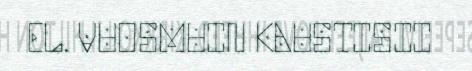
EL. VUOSMUIN KAUSTISII